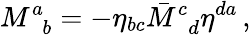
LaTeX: M_{\, \, \, b}^{a}=-\eta_{bc}\bar{M}_{\, \, \, d}^{c}\eta^{da}\, ,